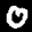
Label: 0